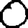
Digit: 0